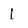
Character: 1